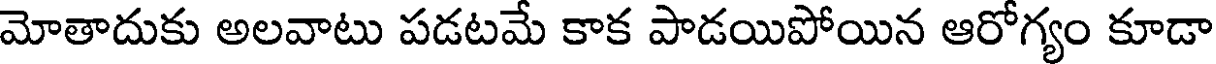
మోతాదుకు అలవాటు పడటమే కాక పాడయిపోయిన ఆరోగ్యం కూడా